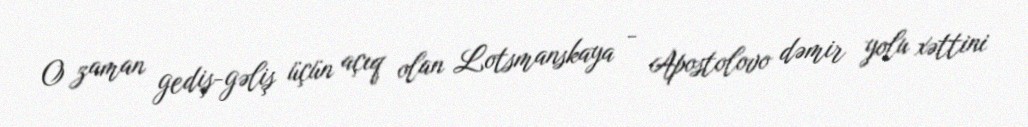
O zaman gediş-gəliş üçün açıq olan Lotsmanskaya - Apostolovo dəmir yolu xəttini